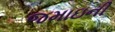
જમાઇની